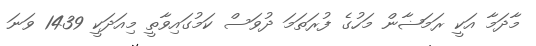
މާދަމާ އަކީ ރަމަޟާން މަހުގެ ފުރަތަމަ ދުވަސް ކަމުގައިވާތީ މިއަދަކީ 1439 ވަނަ